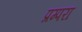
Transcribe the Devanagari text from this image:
प्रम्परा